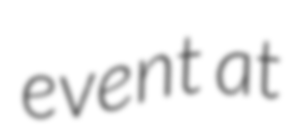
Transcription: event  at